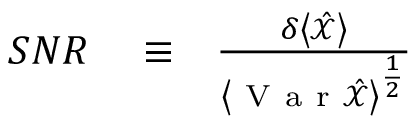
\begin{array} { r l r } { S N R } & { { } \equiv } & { \frac { \delta \left< \hat { \mathcal X } \right> } { \left< \mathrm { ~ V ~ a ~ r ~ } \hat { \mathcal X } \right> ^ { \frac { 1 } { 2 } } } } \end{array}